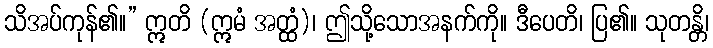
သိအပ်ကုန်၏။” ဣတိ (ဣမံ အတ္ထံ)၊ ဤသို့သောအနက်ကို။ ဒီပေတိ၊ ပြ၏။ သုတန္တိ၊